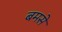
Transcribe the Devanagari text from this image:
बमसे